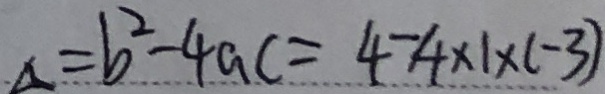
a = b ^ { 2 } - 4 a c = 4 - 4 \times 1 \times ( - 3 )